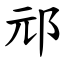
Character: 邧